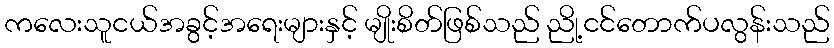
ကလေးသူငယ်အခွင့်အရေးများနှင့် မျိုးစိတ်ဖြစ်သည် ညို့ငင်တောက်ပလွန်းသည်